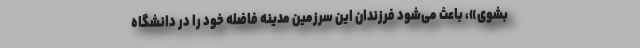
بشوی»، باعث می‌شود فرزندان این سرزمین مدینه فاضله خود را در دانشگاه